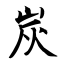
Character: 炭